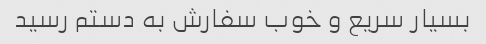
بسیار سریع و خوب سفارش به دستم رسید